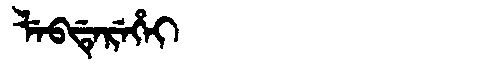
Manchu: ᠯᡝᠪᡩᡝᡵᡝᡥᡝᡳ
Romanization: LEBDEREHEI